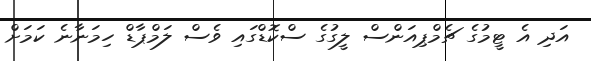
އަދި އެ ޓީމުގެ ޗެމްޕިއަންސް ލީގުގެ ސްކޮޑްގައި ވެސް ލަމްޕާޑް ހިމަނާނެ ކަަމަށް